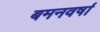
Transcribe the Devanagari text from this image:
बमनवर्षा